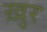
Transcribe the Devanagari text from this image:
ख़ुर